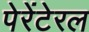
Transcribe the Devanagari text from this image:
पेरेंटेरल